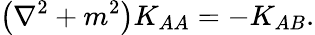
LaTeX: \left(\nabla^{2}+m^{2}\right)K_{AA}=-K_{AB}.